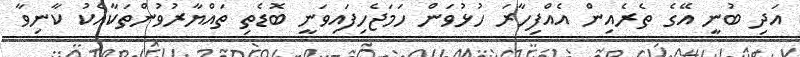
އަދި ބުނީ އޭގެ ތެރެއިން އެއްފިހާރަ ހުޅުވަން ހަމަޖެހިފައިވަނީ ބޮޑެތި ތައްޔާރުވުންތަކާއެކު ކާނިވާ